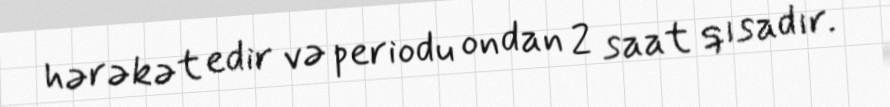
hərəkət edir və periodu ondan 2 saat qısadır.